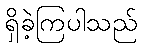
ရှိခဲ့ကြပါသည်